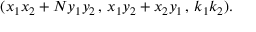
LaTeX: ( x _ { 1 } x _ { 2 } + N y _ { 1 } y _ { 2 } \, , \, x _ { 1 } y _ { 2 } + x _ { 2 } y _ { 1 } \, , \, k _ { 1 } k _ { 2 } ) .